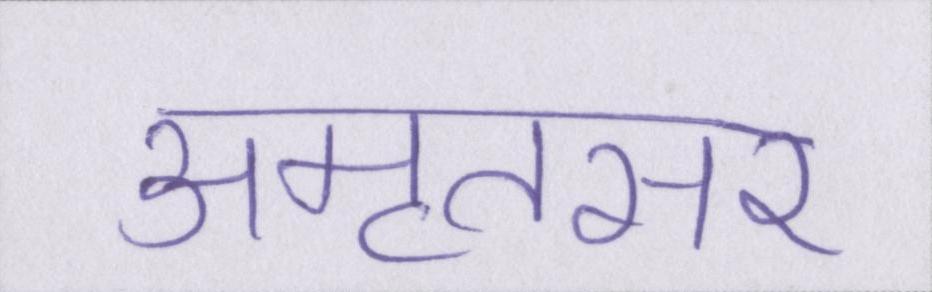
अमृतसर